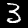
Digit: 3